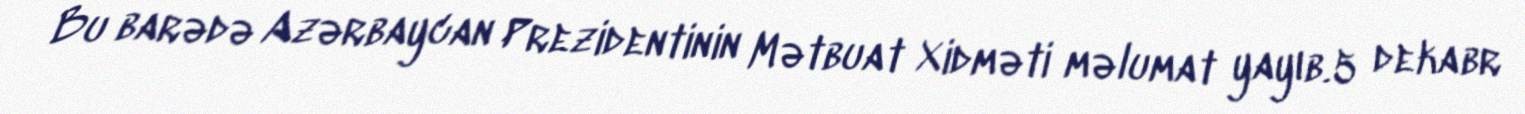
Bu barədə Azərbaycan Prezidentinin Mətbuat Xidməti məlumat yayıb.5 dekabr